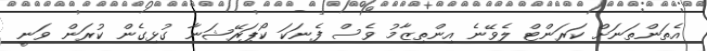
އެތަންތަނަށް ކަރަންޓް ލެވޭނެ އިންތިޒާމު ވެސް ފެނަކަ ކޯޕަރޭޝަނާ ގުޅިގެން ކުރަން ވަނީ